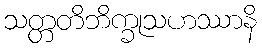
သတ္တတိဘိက္ခုသဟဿာနိ